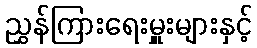
ညွှန်ကြားရေးမှူးများနှင့်